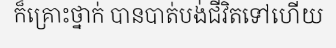
ក៏គ្រោះថ្នាក់ បានបាត់បង់ជីវិតទៅហើយ